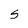
Character: S